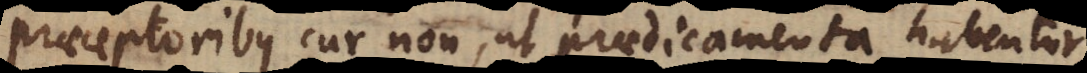
praeceptoribus, cur non, ut praedicamenta habentur